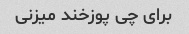
برای چی پوزخند میزنی